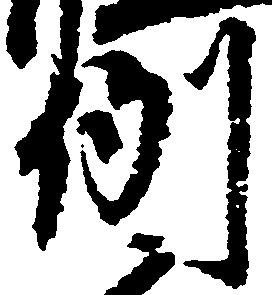
例